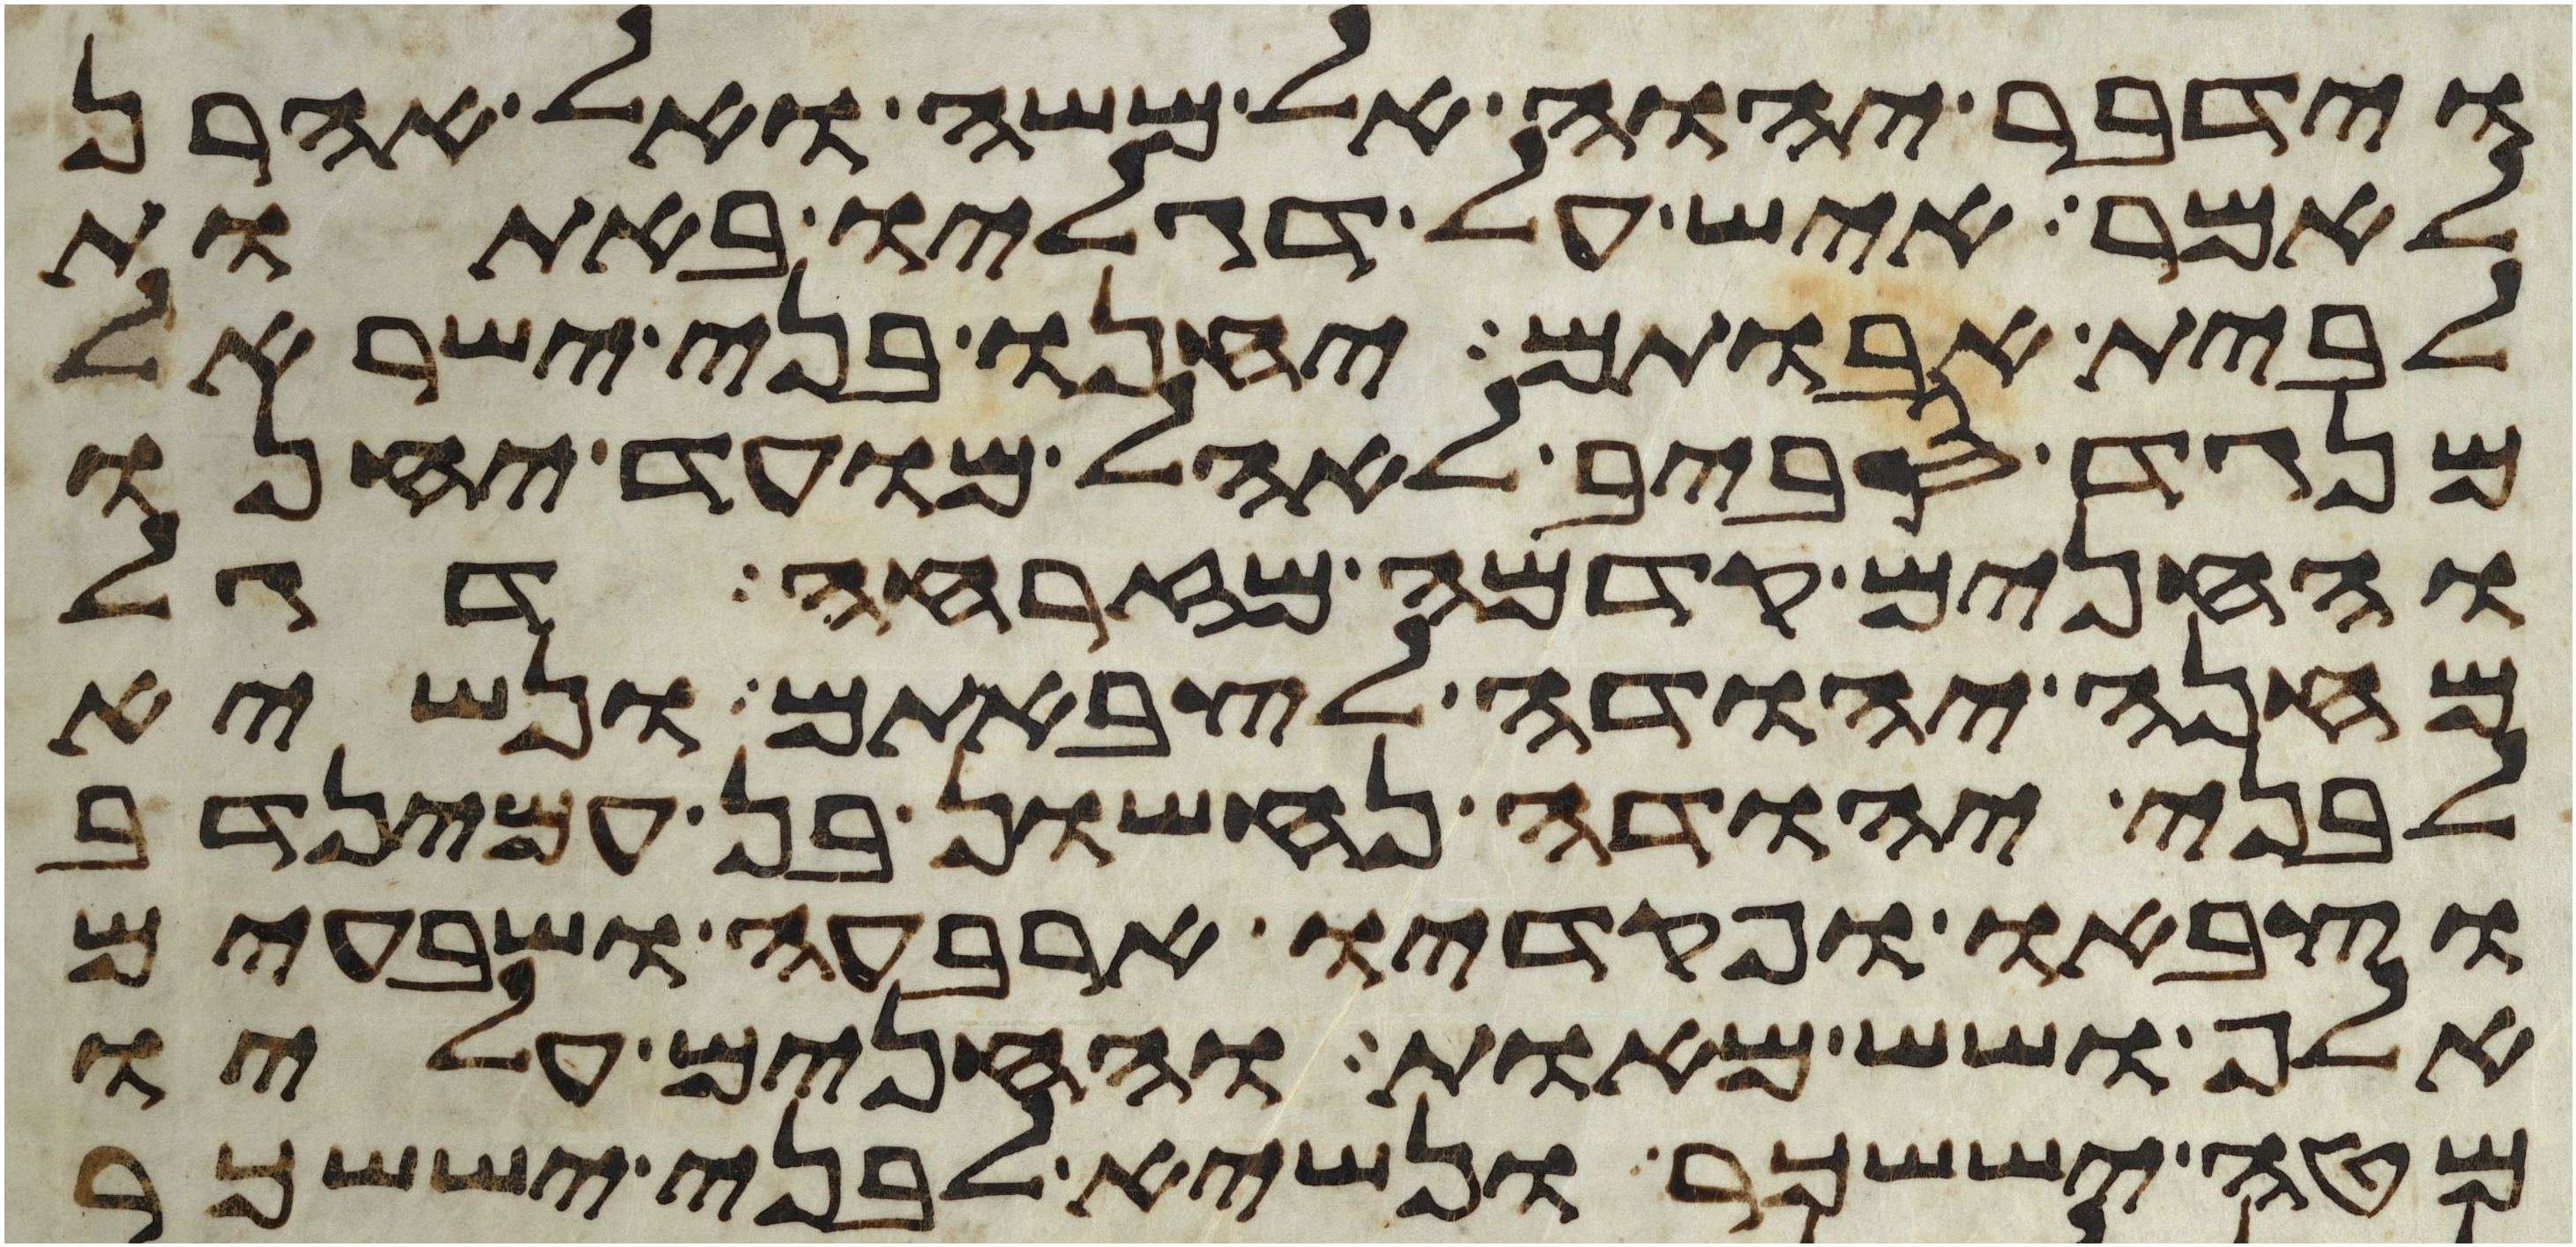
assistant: וידבר יהוה אל משה ואל אהרן
לאמר איש על דגליו באתות
לבית אבותם יחנו בני ישראל
מנגד סביב לאהל מועד יחנו
והחנים קדמה מזרחה דגל
מחנה יהודה לצבאתם ונשיא
לבני יהודה נחשון בן עמינדב
וצבאו ופקדיו ארבעה ושבעים
אלף ושש מאות והחנים עליו
מטה יששכר ונשיא לבני יששכר